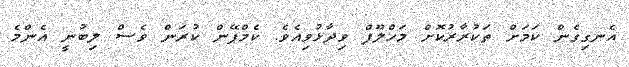
އެނގިގެން ކަމަށް ތަކުރާރުކޮށް މަހްލޫފް ވިދާޅުވިއެވެ. ކެމްޕޭން ކުރަން ވެސް ލިބުނީ އެންމެ